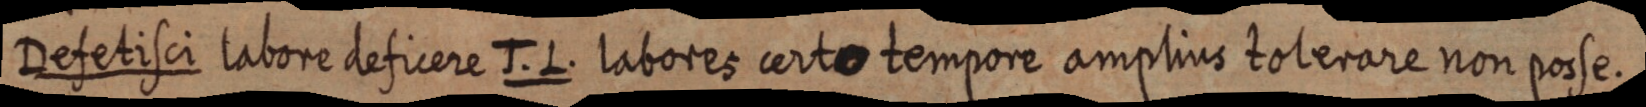
Defetisci labore deficere J. L. labores certo tempore amplius toterare non posse.